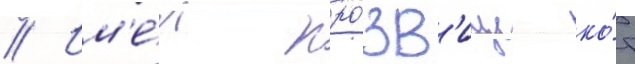
// Им'е́л про́зв'ище ко́т